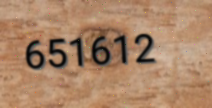
651612